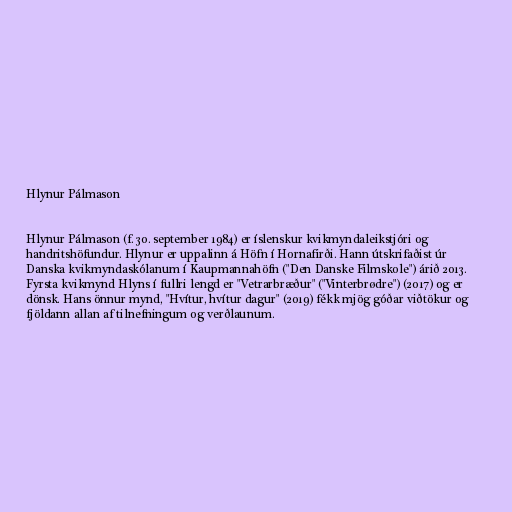
Hlynur Pálmason

Hlynur Pálmason (f. 30. september 1984) er íslenskur kvikmyndaleikstjóri og
handritshöfundur. Hlynur er uppalinn á Höfn í Hornafirði. Hann útskrifaðist úr
Danska kvikmyndaskólanum í Kaupmannahöfn ("Den Danske Filmskole") árið 2013.
Fyrsta kvikmynd Hlyns í fullri lengd er "Vetrarbræður" ("Vinterbrødre") (2017) og er
dönsk. Hans önnur mynd, "Hvítur, hvítur dagur" (2019) fékk mjög góðar viðtökur og
fjöldann allan af tilnefningum og verðlaunum.